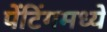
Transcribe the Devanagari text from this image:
पेंटिंगमध्ये